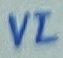
Text: VI